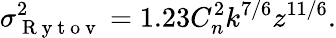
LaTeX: \sigma_{\mathrm{~R~y~t~o~v~}}^{2}=1.23C_{n}^{2}k^{7/6}z^{11/6}.